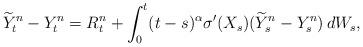
LaTeX: \begin{align*} \widetilde{Y}^n_t - Y^n_t =R^n_t +\int_0^t(t-s)^{\alpha}\sigma'(X_s)(\widetilde{Y}^n_s-Y^n_s)\,dW_s, \end{align*}